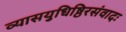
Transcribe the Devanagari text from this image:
व्यासयुधिष्ठिरसंवादः